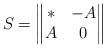
LaTeX: \begin{align*} S=\begin{Vmatrix} * & -A \\ A & 0 \end{Vmatrix}\end{align*}